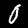
Label: 0